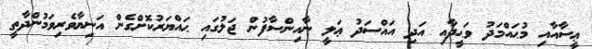
ޢީސާއާއި މުޙައްމަދު ވަޙީދާއި އަދި އައްސަދު ޢަލީ ނާއިންސާފުން ޖަލުގައި ޙައްޔަރުކޮށްގެން އަނިޔާވެރިވަމުންދާތީ